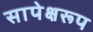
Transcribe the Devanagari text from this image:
सापेक्षरूप